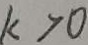
k > 0